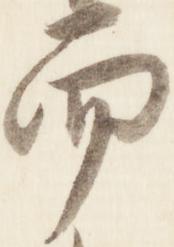
而